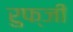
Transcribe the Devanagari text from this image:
रुफ्जी